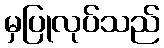
မှပြုလုပ်သည်